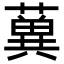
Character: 𦾲